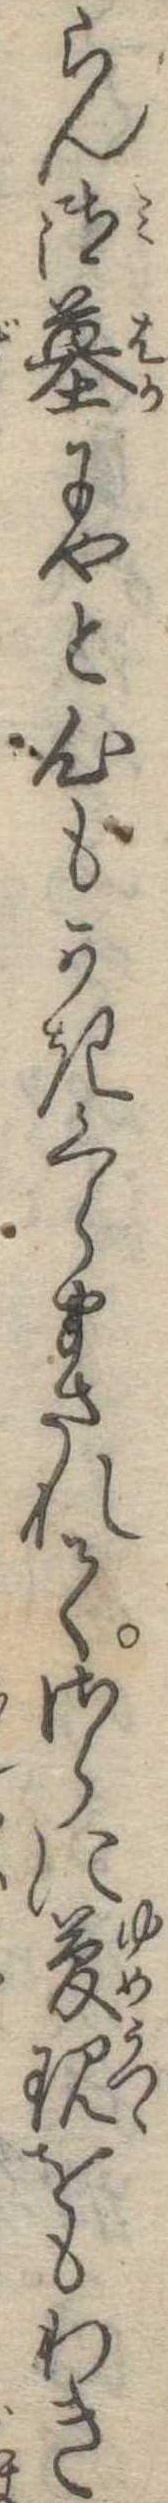
らん御墓にやと心もかきくらまされてさらに夢現をもわき